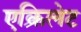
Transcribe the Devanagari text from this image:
एक्रिलेट